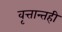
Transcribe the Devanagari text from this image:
वृत्तान्तही